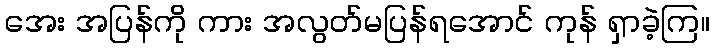
အေး အပြန်ကို ကား အလွတ်မပြန်ရအောင် ကုန် ရှာခဲ့ကြ။